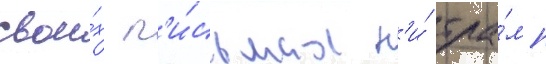
свои́х п'и́сьмах н'и́ тра́мп